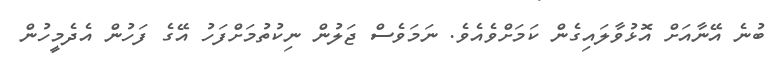
ބުނެ އޭނާއަށް އޮޅުވާލައިގެން ކަމަށްވެއެވެ. ނަމަވެސް ޖަލުން ނިކުތުމަށްފަހު އޭގެ ފަހުން އެދެމީހުން